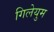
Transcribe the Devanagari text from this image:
गिलेयुम